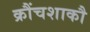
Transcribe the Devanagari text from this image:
क्रौंचशाकौ